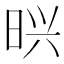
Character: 𭥽